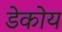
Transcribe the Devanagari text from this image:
डेकोय